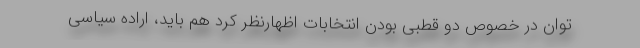
توان در خصوص دو قطبی بودن انتخابات اظهارنظر کرد هم باید، اراده سیاسی